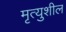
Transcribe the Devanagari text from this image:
मृत्युशील